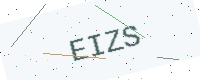
Text: EIZS